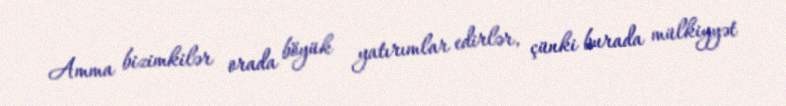
Amma bizimkilər orada böyük yatırımlar edirlər, çünki burada mülkiyyət